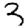
Digit: 3